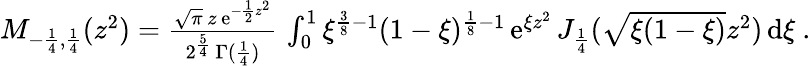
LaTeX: \begin{array}{r}{M_{-\frac{1}{4},\frac{1}{4}}(z^{2})=\frac{\sqrt{\pi}\, z\, \mathrm{e}^{-\frac{1}{2}z^{2}}}{2^{\frac{5}{4}}\, \Gamma(\frac{1}{4})}\, \int_{0}^{1}\xi^{\frac{3}{8}-1}(1-\xi)^{\frac{1}{8}-1}\, \mathrm{e}^{\xi z^{2}}\, J_{\frac{1}{4}}(\sqrt{\xi(1-\xi)}z^{2})\, \mathrm{d}\xi\ .}\end{array}